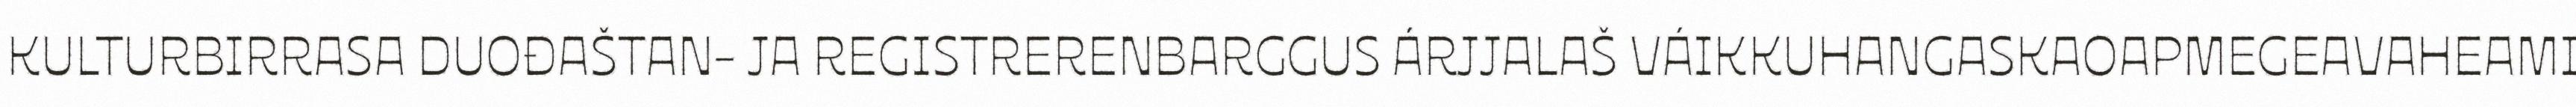
KULTURBIRRASA DUOĐAŠTAN- JA REGISTRERENBARGGUS ÁRJJALAŠ VÁIKKUHANGASKAOAPMEGEAVAHEAMI